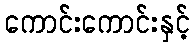
ကောင်းကောင်းနှင့်